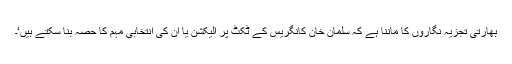
بھارتی تجزیہ نگاروں کا ماننا ہے کہ سلمان خان کانگریس کے ٹکٹ پر الیکشن یا اُن کی انتخابی مہم کا حصہ بنا سکتے ہیں‘۔